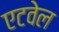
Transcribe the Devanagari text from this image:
एटवेल